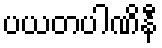
ပယတပါဏိနီ